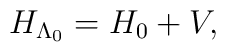
H_{\Lambda_0}      =      H_{\rm 0} + V ,